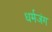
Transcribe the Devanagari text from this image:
धर्मजंग